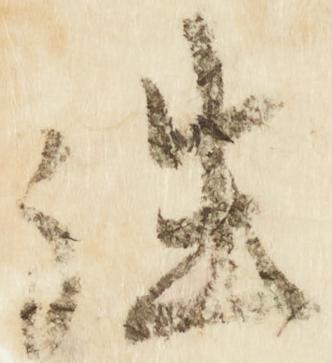
往